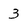
Character: 3